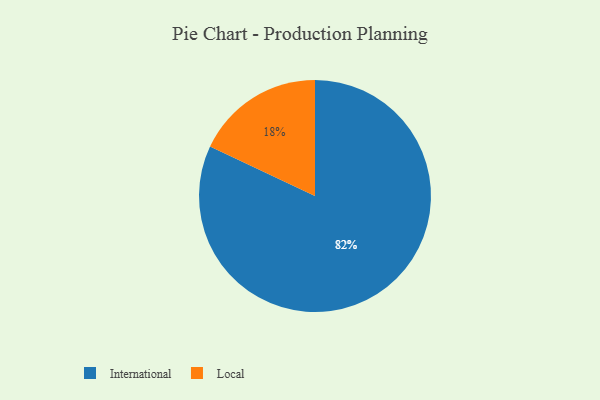
{"axis": {"x": "Category", "y": "Percentage"}, "legend": ["International", "Local"], "data": [{"x": "Local", "y": 18, "type": "Local"}, {"x": "International", "y": 82, "type": "International"}]}